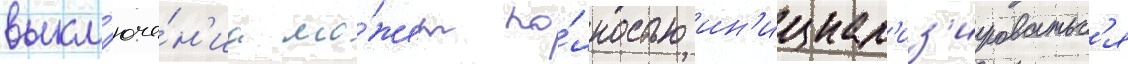
выкл'юче́н'иа мо́жет по́лностью ин'ициал'из'ироватьс'я